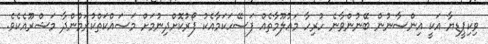
ވިކިޕީޑިޔާ އަކީ އިންސާނުން ބޭނުންވާނެ ހުރިހާ މަޢުލޫމާތެއް ފަސޭހަކަމާއެކު ފޯރުކޮށްދިނުމަށް މަސައްކަތްކުރަމުންދާ މަޝްރޫއެކެވެ.